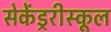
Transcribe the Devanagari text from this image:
सेकेंड्ररीस्कूल